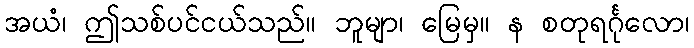
အယံ၊ ဤသစ်ပင်ငယ်သည်။ ဘူမျာ၊ မြေမှ။ န စတုရင်္ဂုလော၊